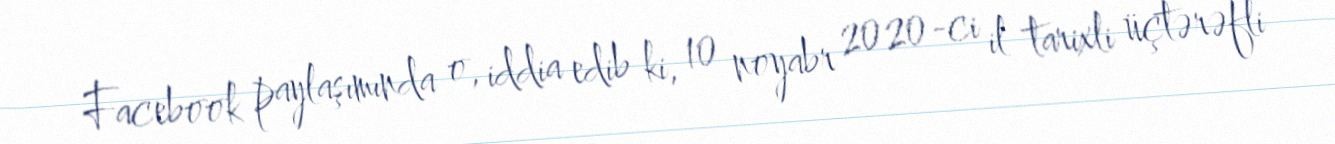
Facebook paylaşımında o, iddia edib ki, 10 noyabr 2020-ci il tarixli üçtərəfli